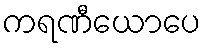
ကရဏီယောပေ